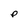
Character: P